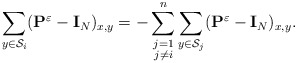
\begin{align*} \sum_{y\in \mathcal{S}_i} (\mathbf{P}^\varepsilon-\mathbf{I}_N)_{x,y} =-\sum_{\substack{j=1\\j\neq i}}^n\sum_{y\in\mathcal{S}_j}(\mathbf{P}^\varepsilon-\mathbf{I}_{N})_{x,y}.\end{align*}